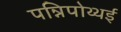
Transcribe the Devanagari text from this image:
पन्निपोथ्थई